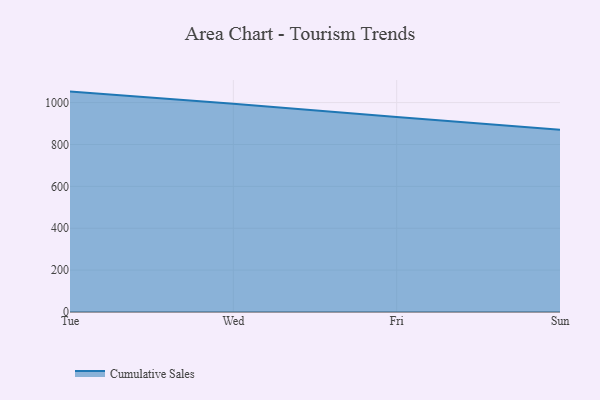
{"axis": {"x": "Day", "y": "Net Income (USD K)"}, "legend": ["Cumulative Sales"], "data": [{"x": "Tue", "y": 1052.5, "type": "Cumulative Sales"}, {"x": "Wed", "y": 994.7, "type": "Cumulative Sales"}, {"x": "Fri", "y": 930.7, "type": "Cumulative Sales"}, {"x": "Sun", "y": 870.6, "type": "Cumulative Sales"}]}